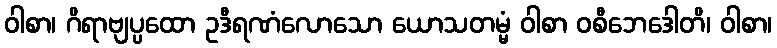
ဝါစာ၊ ဂိရာဗျပ္ပထော ဥဒီရဏံလောသော ယောသတမ္မံ ဝါစာ ဝစီဘေဒေါတိ၊ ဝါစာ၊